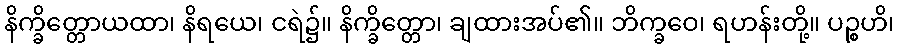
နိက္ခိတ္တောယထာ၊ နိရယေ၊ ငရဲ၌။ နိက္ခိတ္တော၊ ချထားအပ်၏။ ဘိက္ခဝေ၊ ရဟန်းတို့။ ပဉ္စဟိ၊